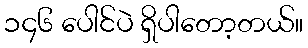
၁၄၆ ပေါင်ပဲ ရှိပါတော့တယ်။